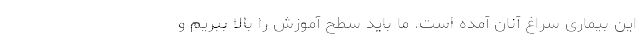
این بیماری سراغ آنان آمده است. ما باید سطح آموزش را بالا ببریم و